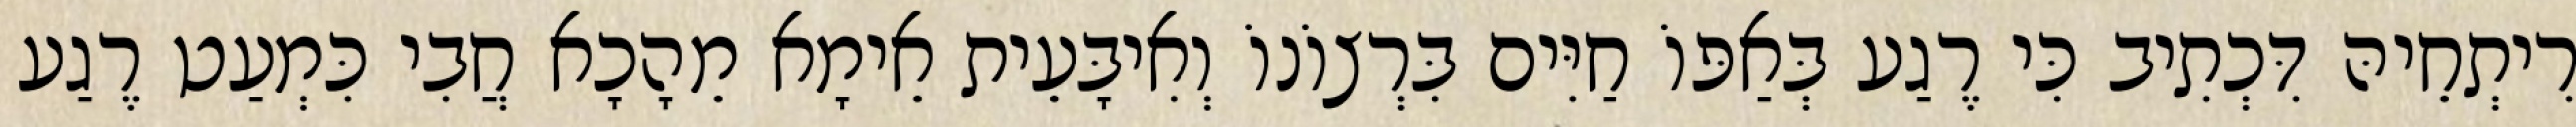
רִיתְחֵיהּ דִּכְתִיב כִּי רֶגַע בְּאַפּוֹ חַיִּים בִּרְצוֹנוֹ וְאִיבָּעֵית אֵימָא מֵהָכָא חֲבִי כִּמְעַט רֶגַע